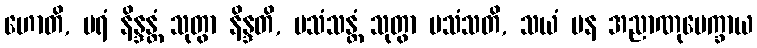
ဟောတိ, ပရံ နိန္ဒန္တံ သုတွာ နိန္ဒတိ, ပသံသန္တံ သုတွာ ပသံသတိ, သယံ ပန အညာဏုပေက္ခာယ